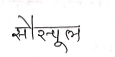
मजकूर: सौरचूल